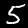
Digit: 5